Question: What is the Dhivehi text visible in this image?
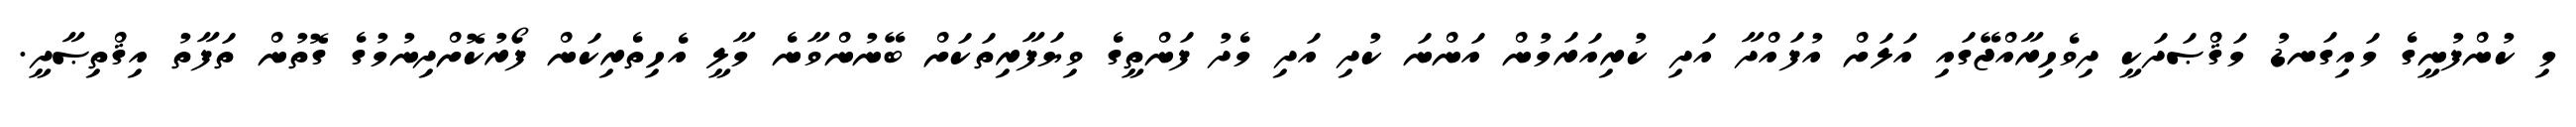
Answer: މި ކުންފުނީގެ މައިގަނޑު މަޤްޞަދަކީ ދިވެހިރާއްޖޭގައި އަލަށް އުފައްދާ އަދި ކުރިއަރަމުން އަންނަ ކުދި އަދި މެދު ފަންތީގެ ވިޔަފާރިތަކަށް ބޭނުންވާނެ މާލީ އެހިތެރިކަން ފޯރުކޮށްދިނުމުގެ ގޮތުން ތަފާތު އިޤްތިޞާދީ.